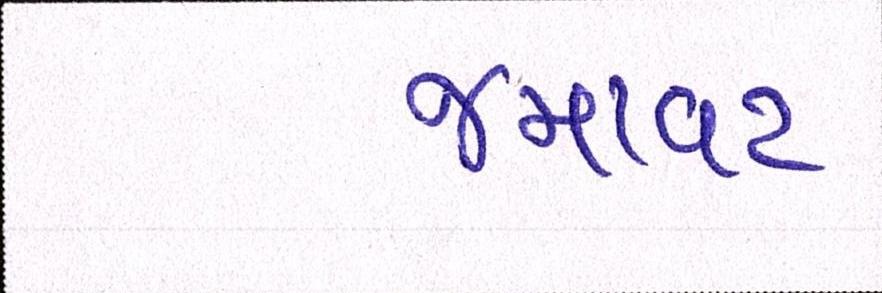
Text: જમાવટ